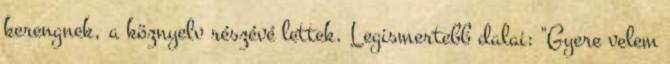
kerengnek, a köznyelv részévé lettek. Legismertebb dalai: "Gyere velem